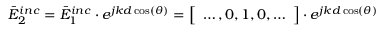
\bar { E } _ { 2 } ^ { i n c } = \bar { E } _ { 1 } ^ { i n c } \cdot e ^ { j k d \cos ( \theta ) } = \left[ \begin{array} { l } { \dots , 0 , 1 , 0 , \dots } \end{array} \right] \cdot e ^ { j k d \cos ( \theta ) }